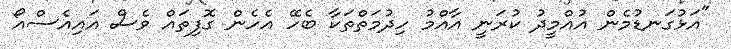
"އަޅުގަނޑުމެން އުއްމީދު ކުރަނީ އާއްމު ހިދުމަތްތަކާ ބެހޭ އެހެން ގޮފިތައް ވެސް އައިއެސްއޯ